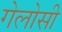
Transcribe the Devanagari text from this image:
गेलोसी